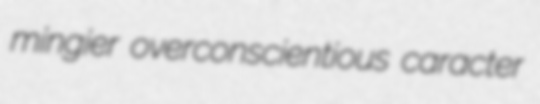
mingier overconscientious caracter